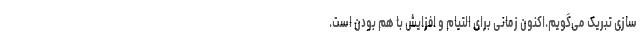
سازی تبریک می‌گویم.اکنون زمانی برای التیام و افزایش با هم بودن است.